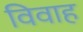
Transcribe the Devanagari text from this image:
विवाह